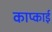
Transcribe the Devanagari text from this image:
काप्काई